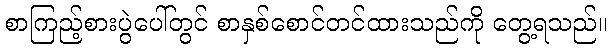
စာကြည့်စားပွဲပေါ်တွင် စာနှစ်စောင်တင်ထားသည်ကို တွေ့ရသည်။